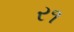
ર૧